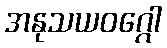
အနုသယဝဂ္ဂေါ